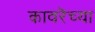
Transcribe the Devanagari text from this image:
कावरॆच्या